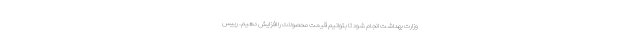
وزارت بهداشت انجام شود تا بتوانیم قیمت محصولات را افزایش دهیم. رییس